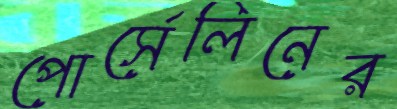
পোর্সেলিনের